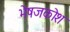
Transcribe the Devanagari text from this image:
भेषजकोश